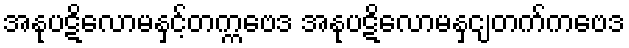
အနုပဋိလောမနှင့်တက္ကဗေဒ အနုပဋိလောမနှင့ျတက်ကဗေဒ